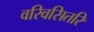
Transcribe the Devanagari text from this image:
वरिवसितरि